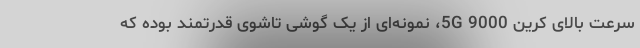
سرعت بالای کرین 9000 5G، نمونه‌ای از یک گوشی تاشوی قدرتمند بوده که